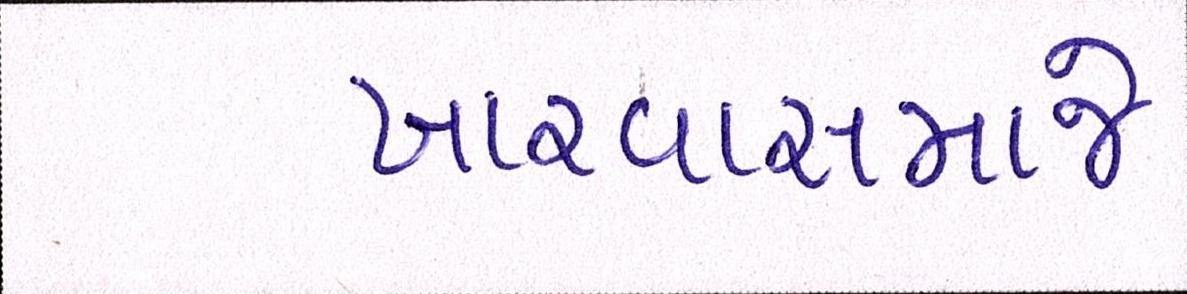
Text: ખારવાસમાજે